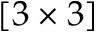
[ 3 \times 3 ]